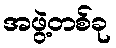
အဖွဲ့တစ်ခု